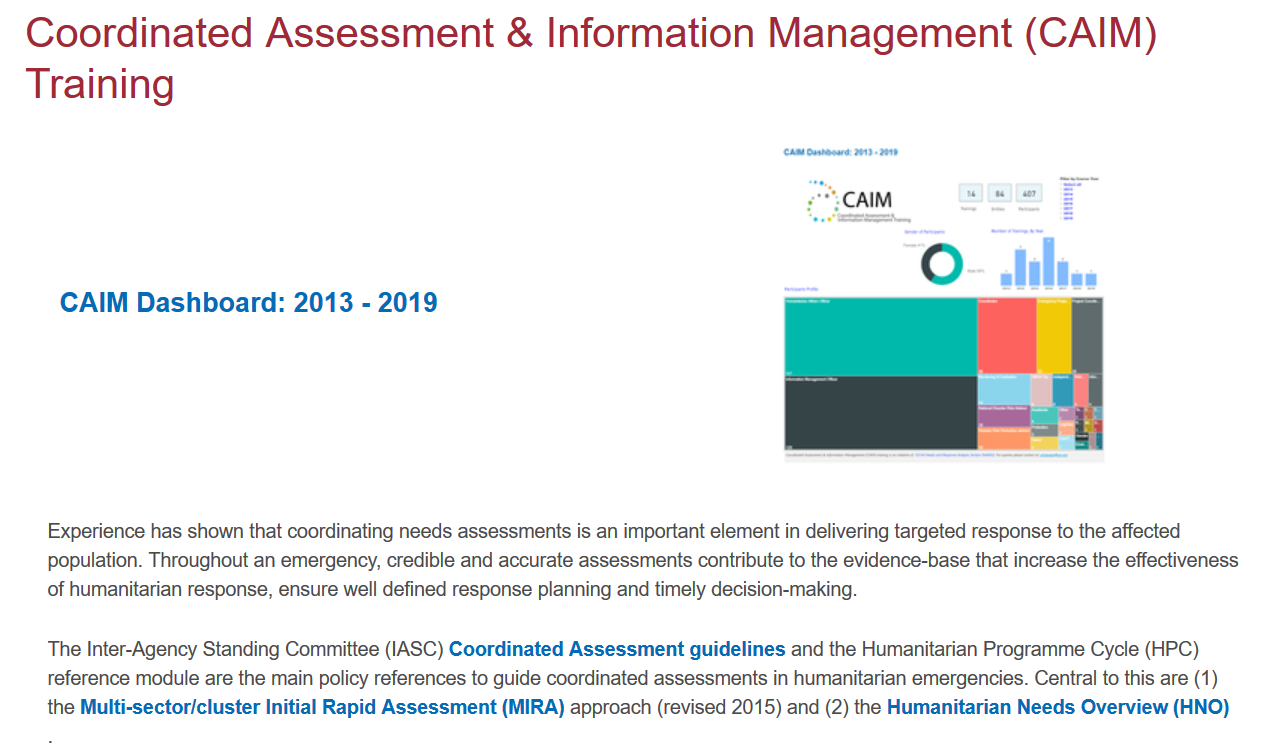
Coordinated    Assessment    &   Information    Management    (CAIM)
   Training
     “4
     CAIM    Dashboard:    2013
     -
     2019
     The Inter-Agency Standing Committee (IASC) Coordinated Assessment guidelines and the Humanitarian Programme Cycle (HPC)
     reference module are the main policy references to guide coordinated assessments in humanitarian emergencies. Central to this are (1)
     the Multi-sector/cluster Initial Rapid Assessment (MIRA) approach (revised 2015) and (2) the Humanitarian Needs Overview (HNO)
     Experience has shown that coordinating needs assessments is an important element in delivering targeted response to the affected
     population. Throughout an emergency, credible and accurate assessments contribute to the evidence-base that increase the effectiveness
     of humanitarian response, ensure well defined response planning and timely decision-making.